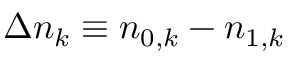
\Delta n _ { k } \equiv n _ { 0 , k } - n _ { 1 , k }